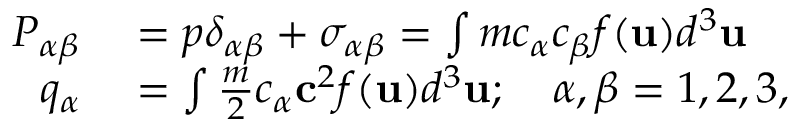
\begin{array} { r l } { P _ { \alpha \beta } } & { { } = p \delta _ { \alpha \beta } + \sigma _ { \alpha \beta } = \int m c _ { \alpha } c _ { \beta } f ( \mathbf { u } ) d ^ { 3 } \mathbf { u } } \\ { q _ { \alpha } } & { { } = \int \frac { m } { 2 } c _ { \alpha } \mathbf { c } ^ { 2 } f ( \mathbf { u } ) d ^ { 3 } \mathbf { u } ; \quad \alpha , \beta = 1 , 2 , 3 , } \end{array}